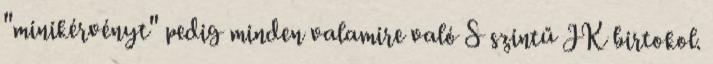
"minikérvényt" pedig minden valamire való S szintű JK birtokol.